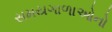
સમયગાળાઓનો